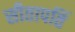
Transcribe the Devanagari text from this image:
सीतापतिं